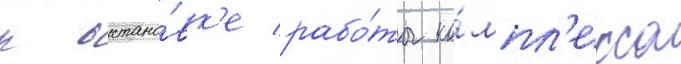
к остано́вк'е рабо́ты ко́мпл'екса